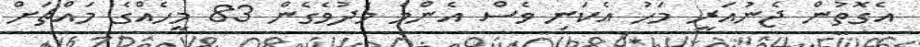
އެގޮތުން ޖެނުއަރީ މަހު އެކަނި ވެސް އެންމެ މަދުވެގެން 83 މީހެއްގެ މައްޗަށް